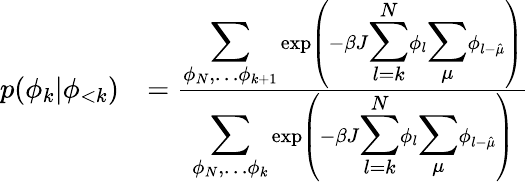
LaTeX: \begin{array}{rl}{p(\phi_{k}|\phi_{<k})}&{=\frac{{\displaystyle\sum_{\phi_{N},\dots\phi_{k+1}}}\exp\left(-\beta J{\displaystyle\sum_{l=k}^{N}}\phi_{l}{\displaystyle\sum_{\mu}}\phi_{l-\hat{\mu}}\right)}{{\displaystyle\sum_{\phi_{N},\dots\phi_{k}}}\exp\left(-\beta J{\displaystyle\sum_{l=k}^{N}}\phi_{l}{\displaystyle\sum_{\mu}}\phi_{l-\hat{\mu}}\right)}}\end{array}